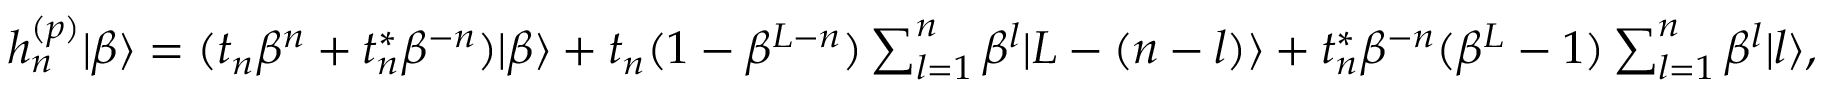
\begin{array} { r } { h _ { n } ^ { ( p ) } | \beta \rangle = ( t _ { n } \beta ^ { n } + t _ { n } ^ { \ast } \beta ^ { - n } ) | \beta \rangle + t _ { n } ( 1 - \beta ^ { L - n } ) \sum _ { l = 1 } ^ { n } \beta ^ { l } | L - ( n - l ) \rangle + t _ { n } ^ { \ast } \beta ^ { - n } ( \beta ^ { L } - 1 ) \sum _ { l = 1 } ^ { n } \beta ^ { l } | l \rangle , } \end{array}